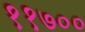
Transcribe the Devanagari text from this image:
११७००